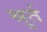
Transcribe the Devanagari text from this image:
श्रुर्त